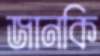
জানকি